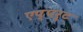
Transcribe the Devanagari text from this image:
एप्पर्ट